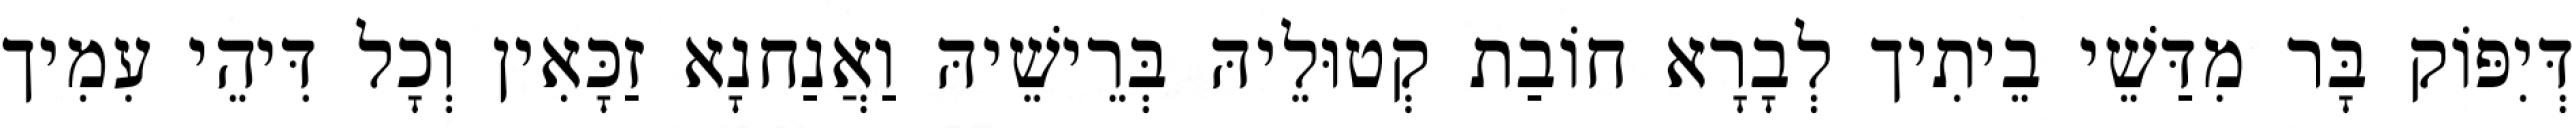
דְּיִפּוֹק בָּר מִדַּשֵׁי בֵיתִיך לְבָרָא חוֹבַת קְטוּלֵיהּ בְּרֵישֵׁיהּ וַאֲנַחנָא זַכָּאִין וְכָל דִּיהֵי עִמִיך